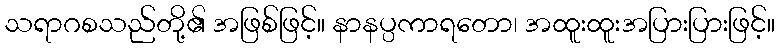
သရာဂစသည်တို့၏ အဖြစ်ဖြင့်။ နာနပ္ပကာရတော၊ အထူးထူးအပြားပြားဖြင့်။